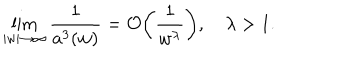
\lim _ { | w | \rightarrow \infty } \frac { 1 } { a ^ { 3 } ( w ) } = { \cal O } \biggl ( \frac { 1 } { w ^ { \lambda } } \biggr ) , \, \, \, \, \, \, \lambda > 1 .